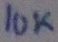
Text: 10K